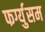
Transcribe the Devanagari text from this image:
फर्ग्युसम